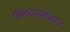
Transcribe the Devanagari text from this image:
पर्यटकांसोबतच